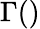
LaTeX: \Gamma()